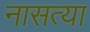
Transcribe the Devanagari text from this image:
नासत्या